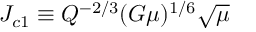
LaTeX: J _ { c 1 } \equiv Q ^ { - 2 / 3 } ( G \mu ) ^ { 1 / 6 } \sqrt { \mu }